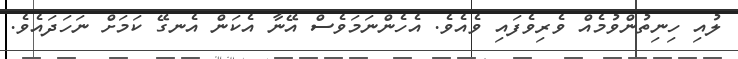
ލުއި ހިނިތުންވުމެއް ވެރިވެފައި ވެއެވެ. އެހެންނަމަވެސް އޭނާ އެކަން އެނގޭ ކަމަށް ނަހަދައެވެ.